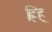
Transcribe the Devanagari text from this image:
ह्रिह्